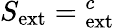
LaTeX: S_{\mathrm{ext}}={}_{\mathrm{ext}}^{c}